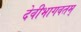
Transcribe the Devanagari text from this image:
देवीभागवतम्